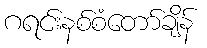
ဂရင်းနစ်စံတော်ချိန်